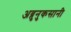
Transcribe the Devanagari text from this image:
अब्रुनुकसानी